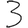
Digit: 3